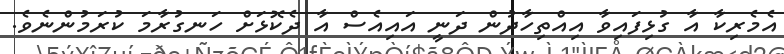
އެމެރިކާ އާ ގުޅިފައިވާ އިއްތިހާދުން ދަނީ އައިއެސް އާ ދެކޮޅަށް ހަނގުރާމަ ކުރަމުންނެވެ.